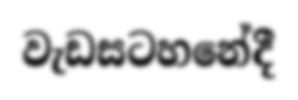
වැඩසටහනේදී